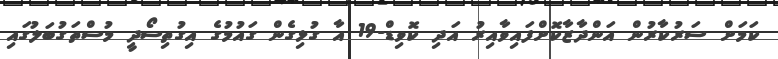
ކަމަށް ސަރުކާރުން އަންދާޒާކޮށްފައިވާއިރު އަދި ކޮވިޑް-19 އާ ގުޅިގެން ގައުމުގެ އިގުތިސޯދީ މުސްތަގުބަލުގައި